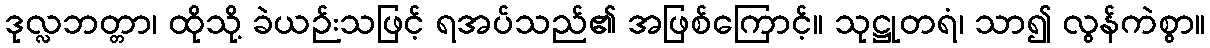
ဒုလ္လဘတ္တာ၊ ထိုသို့ ခဲယဉ်းသဖြင့် ရအပ်သည်၏ အဖြစ်ကြောင့်။ သုဋ္ဌုတရံ၊ သာ၍ လွန်ကဲစွာ။